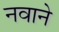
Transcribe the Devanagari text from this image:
नवाने